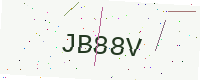
Text: JB88V